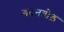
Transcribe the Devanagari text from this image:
गर्दनतोड़